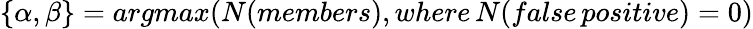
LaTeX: \{ \alpha,\beta\} =argmax(N(members),where\, N(false\, positive)=0)